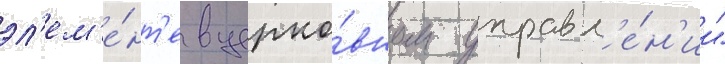
эл'ем'е́нт'е в церко́вном управл'е́н'ии"